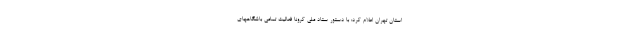
استان تهران اعلام کرد: با دستور ستاد ملی کرونا فعالیت تمامی باشگاههای